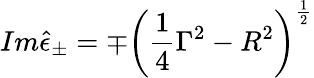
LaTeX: Im\hat{\epsilon}_{\pm}=\mp\left(\frac 14\Gamma^{2}-R^{2}\right)^{\frac 12}